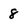
Character: 8